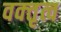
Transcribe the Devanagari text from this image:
वक्‍तृत्व